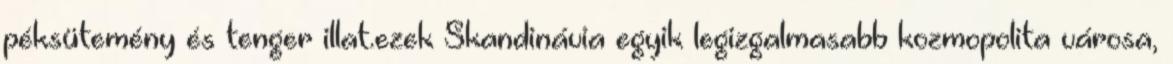
péksütemény és tenger illat.ezek Skandinávia egyik legizgalmasabb kozmopolita városa,